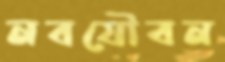
নবযৌবন